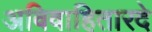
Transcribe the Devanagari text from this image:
अविवाहितारदे